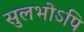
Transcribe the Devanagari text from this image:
सुलभोऽपि